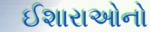
ઈશારાઓનો